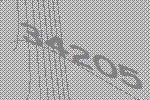
34205